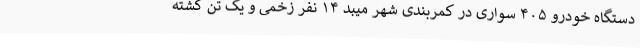
دستگاه خودرو ۴۰۵ سواری در کمربندی شهر میبد ۱۴ نفر زخمی و یک تن کشته